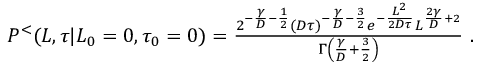
\begin{array} { r } { P ^ { < } ( L , \tau | L _ { 0 } = 0 , \tau _ { 0 } = 0 ) = \frac { 2 ^ { - \frac { \gamma } { D } - \frac { 1 } { 2 } } ( D \tau ) ^ { - \frac { \gamma } { D } - \frac { 3 } { 2 } } e ^ { - \frac { L ^ { 2 } } { 2 D \tau } } L ^ { \frac { 2 \gamma } { D } + 2 } } { \Gamma \left( \frac { \gamma } { D } + \frac { 3 } { 2 } \right) } \ . } \end{array}